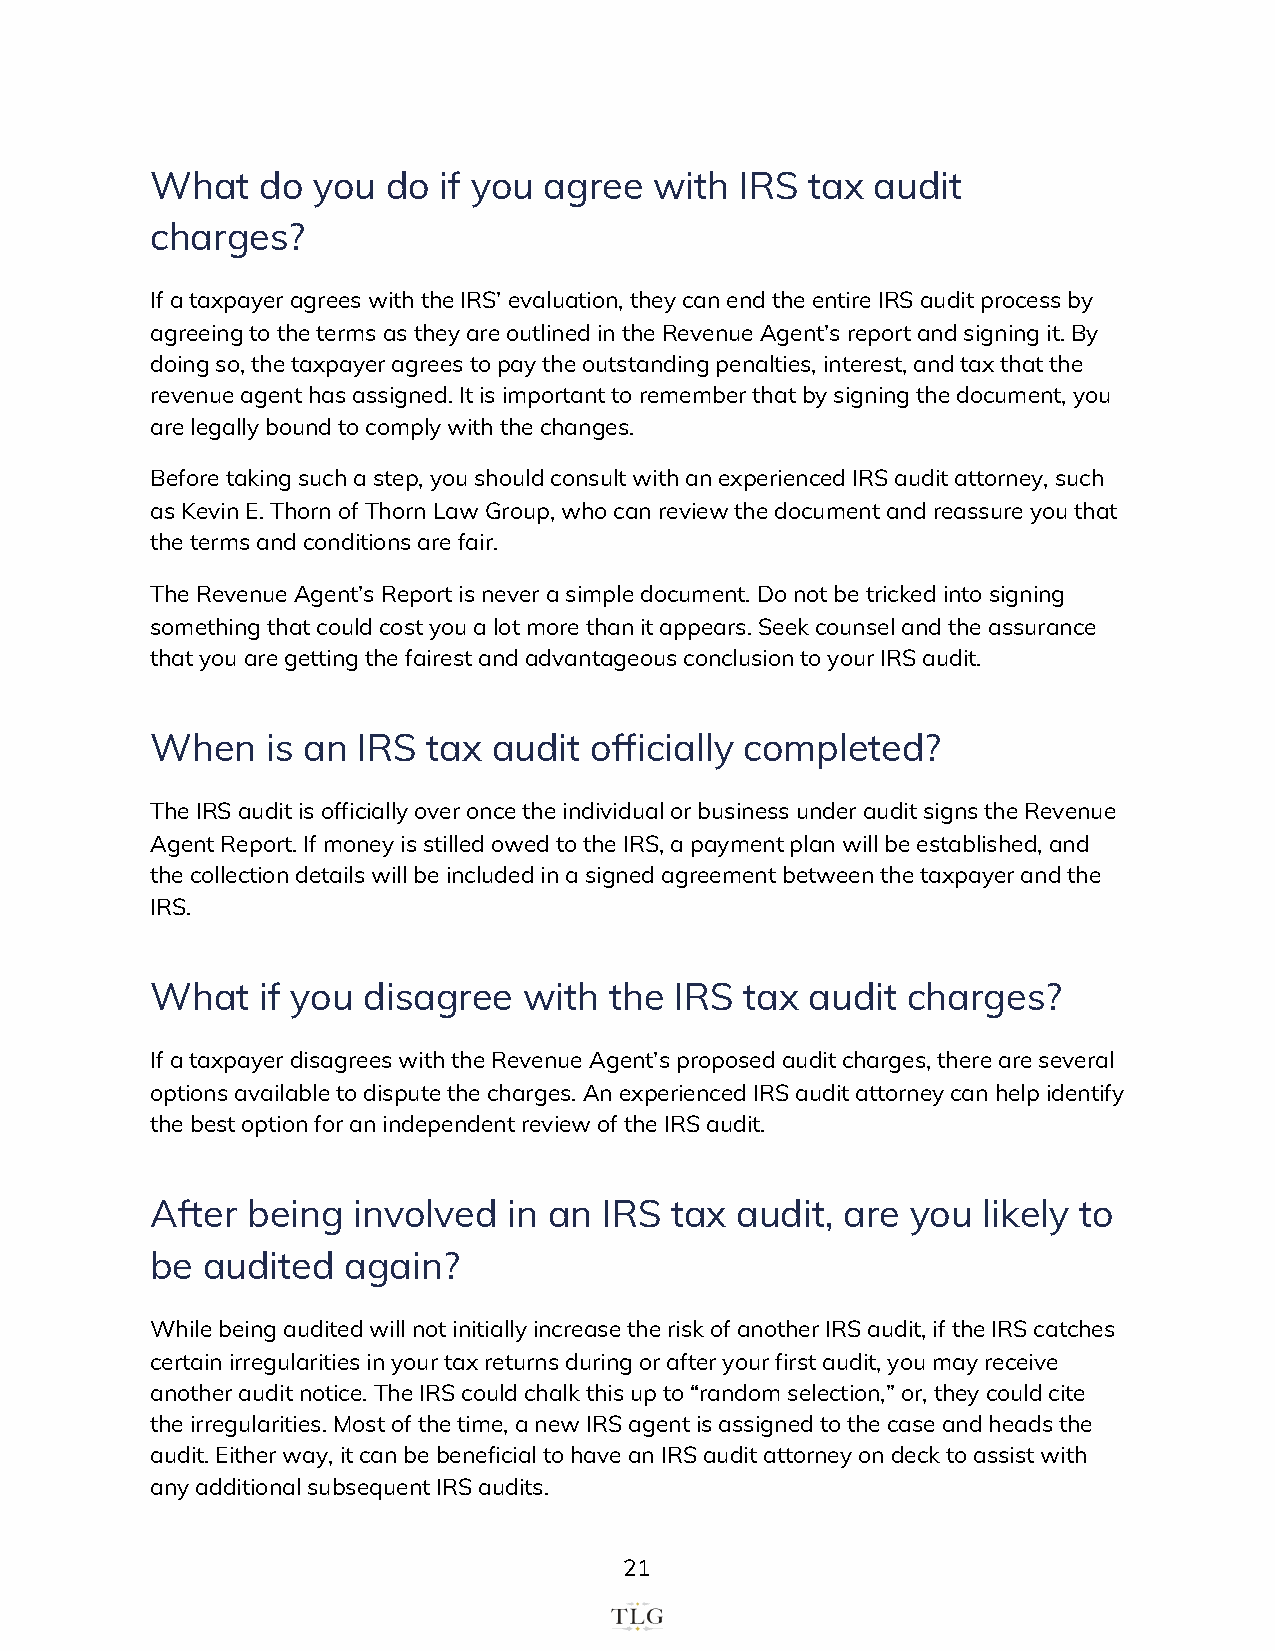
What   do  you  do if you agree  with  IRS tax  audit
 charges?
 If a taxpayer agrees with the IRS’ evaluation, they can end the entire IRS audit process by
 agreeing to the terms as they are outlined in the Revenue Agent’s report and signing it. By
 doing so, the taxpayer agrees to pay the outstanding penalties, interest, and tax that the
 revenue agent has assigned. It is important to remember that by signing the document, you
 are legally bound to comply with the changes.
 Before taking such a step, you should consult with an experienced IRS audit attorney, such
 as Kevin E. Thorn of Thorn Law Group, who can review the document and reassure you that
 the terms and conditions are fair.
 The Revenue Agent’s Report is never a simple document. Do not be tricked into signing
 something that could cost you a lot more than it appears. Seek counsel and the assurance
 that you are getting the fairest and advantageous conclusion to your IRS audit.
 When    is an IRS tax  audit officially completed?
 The IRS audit is officially over once the individual or business under audit signs the Revenue
 Agent Report. If money is stilled owed to the IRS, a payment plan will be established, and
 the collection details will be included in a signed agreement between the taxpayer and the
 IRS.
 What   if you disagree   with the  IRS tax  audit charges?
 If a taxpayer disagrees with the Revenue Agent’s proposed audit charges, there are several
 options available to dispute the charges. An experienced IRS audit attorney can help identify
 the best option for an independent review of the IRS audit.
 After being  involved   in an IRS tax  audit, are you  likely to
 be audited   again?
 While being audited will not initially increase the risk of another IRS audit, if the IRS catches
 certain irregularities in your tax returns during or after your first audit, you may receive
 another audit notice. The IRS could chalk this up to “random selection,” or, they could cite
 the irregularities. Most of the time, a new IRS agent is assigned to the case and heads the
 audit. Either way, it can be beneficial to have an IRS audit attorney on deck to assist with
 any additional subsequent IRS audits.
 21